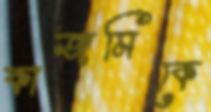
কাজমিকে